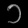
Digit: ၁